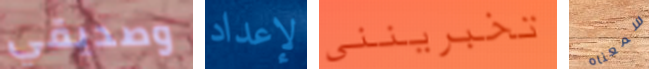
وصديقي لإعداد تخبرينني سمعناه